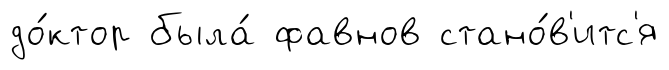
до́ктор была́ фавнов стано́в'итс'я